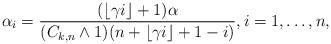
LaTeX: \begin{align*}\alpha_i = \frac{(\lfloor\gamma i \rfloor+1)\alpha}{(C_{k,n} \wedge1) (n + \lfloor\gamma i \rfloor+ 1 -i)},i=1, \ldots, n,\end{align*}